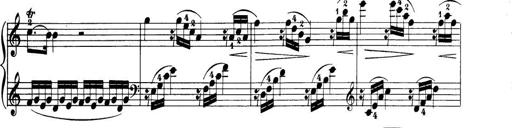
Title: 32 Sonatinas and Rondos for the Piano
Composer: Richard Kleinmichel